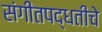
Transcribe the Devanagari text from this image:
संगीतपद्धतीचे